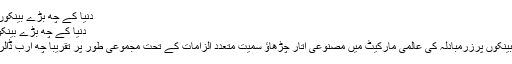
دنیا کے چھ بڑے بینکوں پرچھ ارب ڈالرکا جرمانہ -
دنیا کے چھ بڑے بینکوں پرچھ ارب ڈالرکا جرمانہ
نیویارک: دنیا کے چھ بڑے بینکوں پرزرمبادلہ کی عالمی مارکیٹ میں مصنوعی اتار چڑھاؤ سمیت متعدد الزامات کے تحت مجموعی طور پر تقریباً چھ ارب ڈالر کا جرمانہ عائد کیا گیا ہے۔